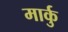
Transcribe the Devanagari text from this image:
मार्कु